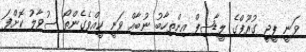
ވަނީ ޕީޖީ ގުރޫޕްގެ ލީޑާޝިޕް އިންތިހާބު ނުބާއް ވަނީ ކީއްވެގެންތޯ ސުވާލު ކޮށްފަ